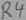
Text: R4